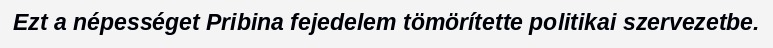
Ezt a népességet Pribina fejedelem tömörítette politikai szervezetbe.